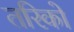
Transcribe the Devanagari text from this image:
तरिको